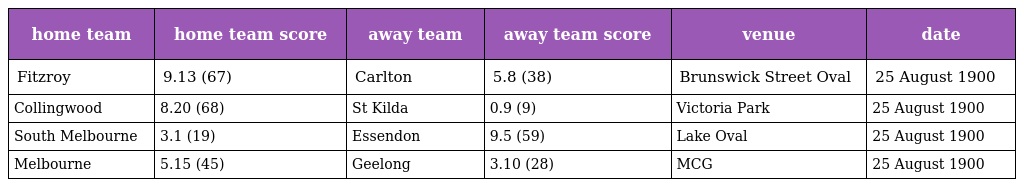
| home team | home team score | away team | away team score | venue | date |
 | --- | --- | --- | --- | --- | --- |
 | Fitzroy | 9.13 (67) | Carlton | 5.8 (38) | Brunswick Street Oval | 25 August 1900 |
 | Collingwood | 8.20 (68) | St Kilda | 0.9 (9) | Victoria Park | 25 August 1900 |
 | South Melbourne | 3.1 (19) | Essendon | 9.5 (59) | Lake Oval | 25 August 1900 |
 | Melbourne | 5.15 (45) | Geelong | 3.10 (28) | MCG | 25 August 1900 |